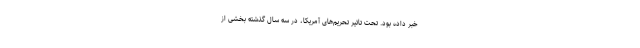
خبر داده بود. تحت تاثیر تحریم‌های آمریکا، در سه سال گذشته بخشی از